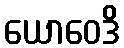
ယောဝေဒိ